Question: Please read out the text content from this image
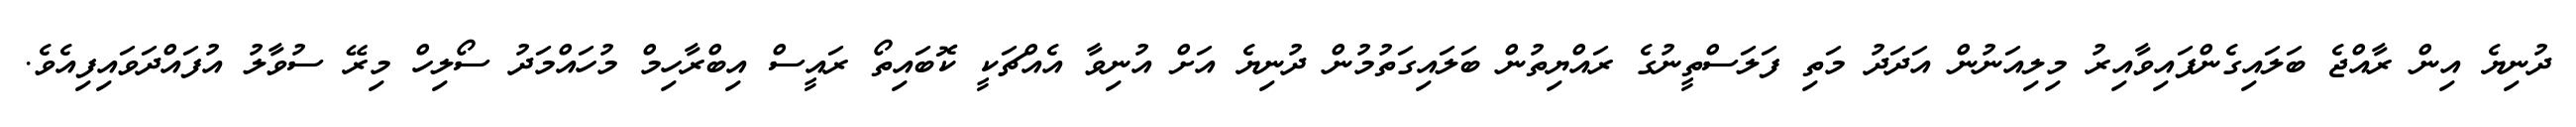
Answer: ދުނިޔެ އިން ރާއްޖެ ބަލައިގެންފައިވާއިރު މިލިއަނުން އަދަދު މަތި ފަލަސްތީނުގެ ރައްޔިތުން ބަލައިގަތުމުން ދުނިޔެ އަށް އުނިވާ އެއްޗަކީ ކޮބައިތޯ ރައީސް އިބްރާހިމް މުހައްމަދު ސޯލިހް މިރޭ ސުވާލު އުފައްދަވައިފިއެވެ.